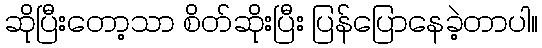
ဆိုပြီးတော့သာ စိတ်ဆိုးပြီး ပြန်ပြောနေခဲ့တာပါ။